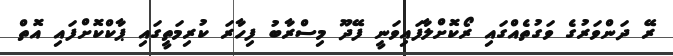
ރޭ ދަންވަރުގެ ވަގުތެއްގައި ރޯކޮށްލާފައިވަނީ ފޭދޫ މިސްރާބު ފިހާރަ ކުރިމަތީގައި ޕާކްކޮށްފައި އޮތް